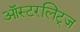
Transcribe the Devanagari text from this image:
ऑस्टरलिट्ज़